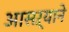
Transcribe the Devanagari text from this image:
आसऱ्याने